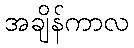
အချိန်ကာလ